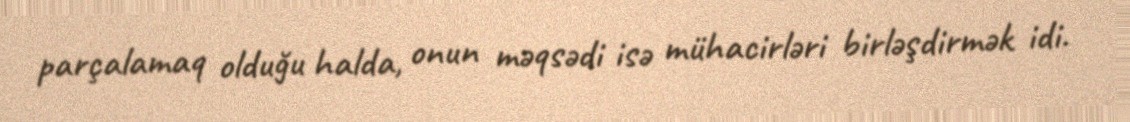
parçalamaq olduğu halda, onun məqsədi isə mühacirləri birləşdirmək idi.